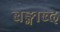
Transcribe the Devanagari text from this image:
बङ्गाब्द